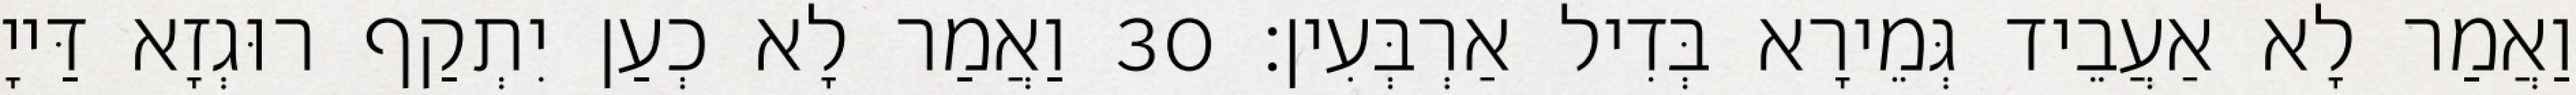
וַאֲמַר לָא אַעֲבֵיד גְּמֵירָא בְּדִיל אַרְבְּעִין׃ 30 וַאֲמַר לָא כְעַן יִתְקַף רוּגְזָא דַּייָ